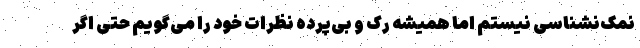
نمک‌نشناسی نیستم اما همیشه رک و بی‌پرده نظرات خود را می‌گویم حتی اگر